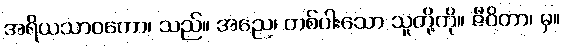
အရိယသာဝကော၊ သည်။ အညေ၊ တစ်ပါးသော သူတို့ကို။ ဇီဝိတာ၊ မှ။